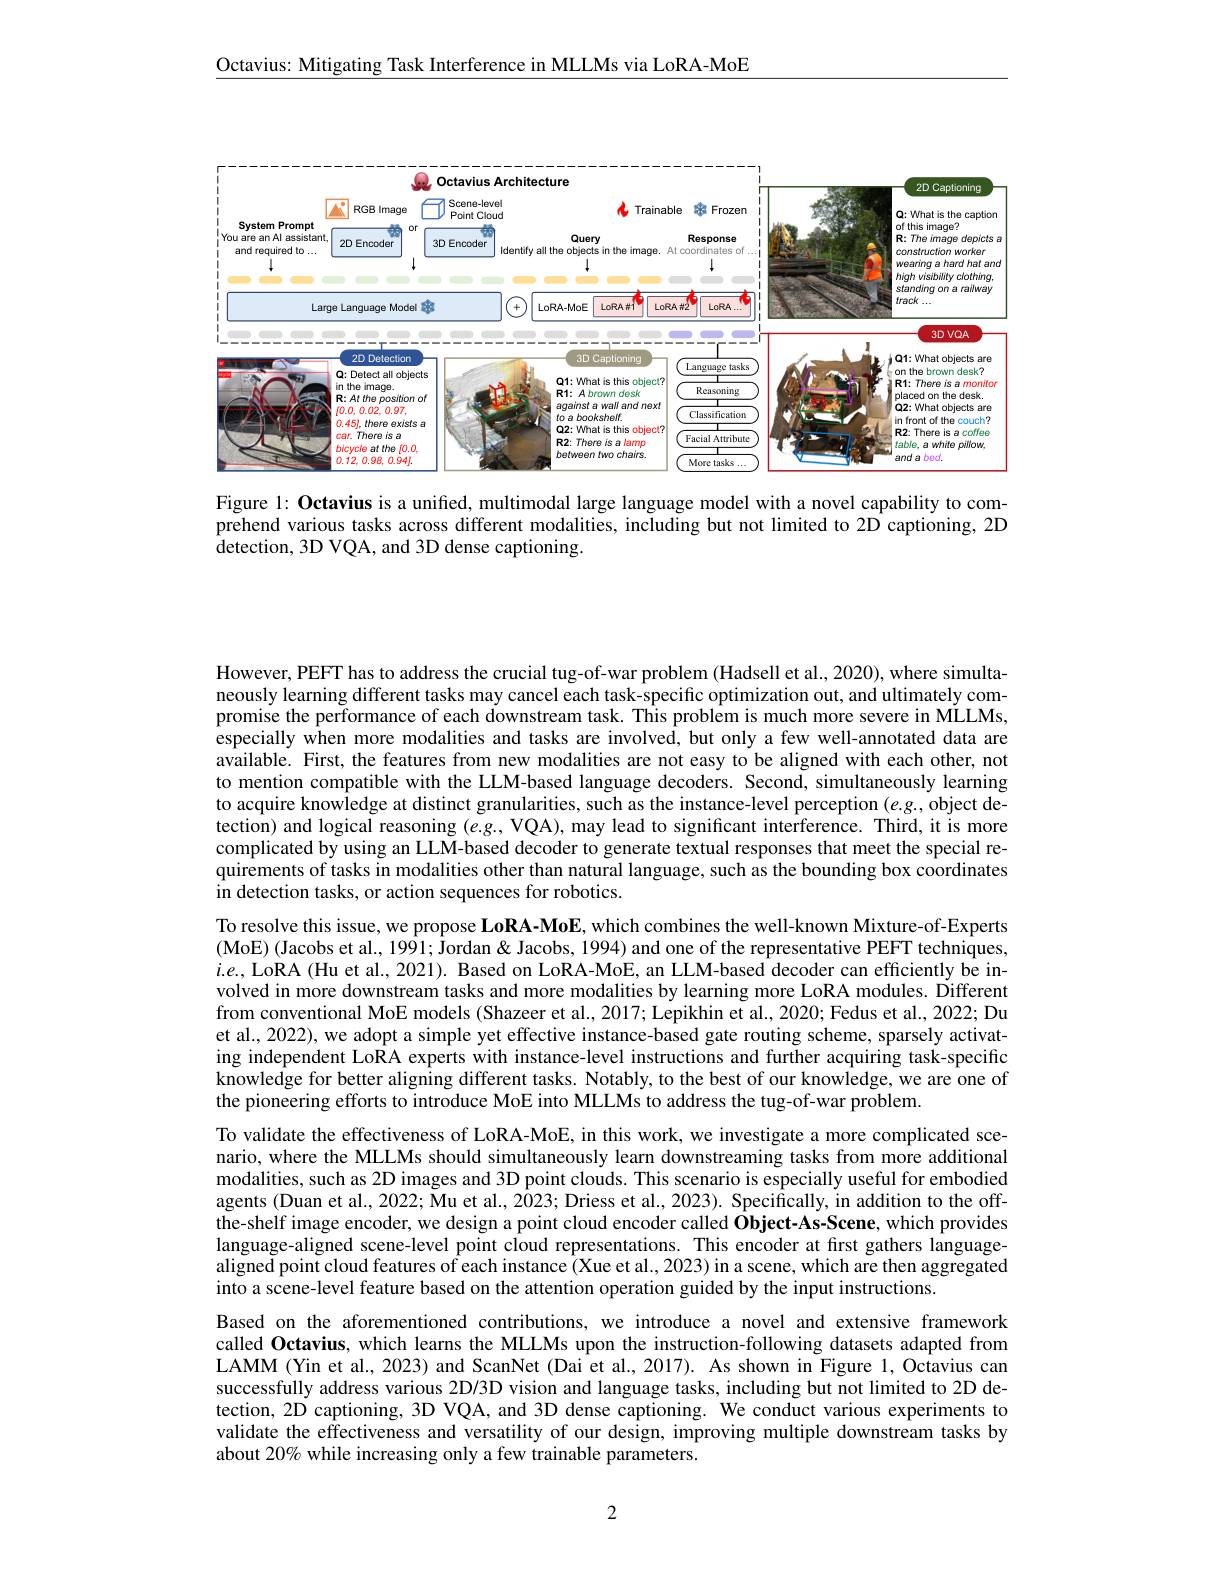
Octavius: Mitigating Task Interference in MLLMs via LoRA-MoE

<FigureHere>

Figure l: Octavius is a unified, multimodal large language model with a novel capability to comprehend various tasks across different modalities, including but not limited to 2D captioning, 2D ${\mathrm{detection,~3D~VQA,~and~3D~dense~captioning.}}$

However, PEFT has to address the crucial tug-of-war problem (Hadsell et al., 2020), where simultaneously learning different tasks may cancel each task-specific optimization out, and ultimately compromise the performance of each downstream task. This problem is much more severe in MLLMs, especially when more modalities and tasks are involved, but only a few well-annotated data are available. First, the features from new modalities are not easy to be aligned with each other, not to mention compatible with the LLM-based language decoders. Second, simultaneously learning to acquire knowledge at distinct granularities, such as the instance-level perception $(e.g.$, object detection) and logical reasoning $(e.g.$ VQA),may lead to significant interference. Third, it is more complicated by using an LLM-based decoder to generate textual responses that meet the special requirements of tasks in modalities other than natural language, such as the bounding box coordinates in detection tasks, or action sequences for robotics.
To resolve this issue, we propose LoRA-MoE, which combines the well-known Mixture-of-Experts (MoE) (Jacobs et al., 1991; Jordan & Jacobs, 1994) and one of the representative PEFT techniques, $i.e.$, LoRA (Hu et al., 2021). Based on LoRA-MoE, an LLM-based decoder can efficiently be involved in more downstream tasks and more modalities by learning more LoRA modules. Different from conventional MoE models (Shazeer et al., 2017; Lepikhin et al., 2020; Fedus et al., 2022; Du et al., 2022), we adopt a simple yet effective instance-based gate routing scheme, sparsely activating independent LoRA experts with instance-level instructions and further acquiring task-specific knowledge for better aligning different tasks. Notably, to the best of our knowledge, we are one of the pioneering efforts to introduce MoE into MLLMs to address the tug-of-war problem.
To validate the effectiveness of LoRA-MoE, in this work, we investigate a more complicated scenario, where the MLLMs should simultaneously learn downstreaming tasks from more additional modalities, such as 2D images and 3D point clouds. This scenario is especially useful for embodied agents (Duan et al., 2022; Mu et al., 2023; Driess et al., 2023). Specifically, in addition to the offthe-shelf image encoder, we design a point cloud encoder called Ôbject-As-Scene, which provides language-aligned scene-level point cloud representations. This encoder at first gathers languagealigned point cloud features of each instance (Xue et al., 2023) in a scene, which are then aggregated into a scene-level feature based on the attention operation guided by the input instructions.
Based on the aforementioned contributions, we introduce a novel and extensive framework called Octavius, which learns the MLLMs upon the instruction-following datasets adapted from LAMM (Yin et al., 2023) and ScanNet (Dai et al., 2017). As shown in Figure $1,\hat{\text{Octaviuscan}}$ successfully address various 2D/3D vision and language tasks, including but limited to 2D detection, 2D captioning, 3D VQA, and 3D dense captioning. We conduct various experiments to validate the effectiveness and versatility of our design, improving multiple downstream tasks by about 20% while increasing only a few trainable parameters.

2